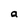
Character: a